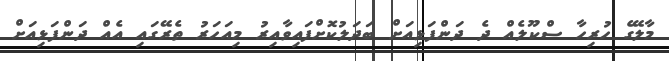
މާލޭގެ ހުރިހާ ސްކޫލެއް ދެ ދަންފަޅިއަށް ބަދަލުކޮށްފައިވާއިރު މިއަހަރު ތެރޭގައި އެއް ދަންފަޅިއަށް